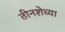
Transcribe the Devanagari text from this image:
तीनशेच्या